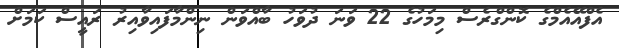
އެފްއޭއެމްގެ ކޮންގްރެސް މިމަހުގެ 22 ވަނަ ދުވަހު ބާއްވަން ނިންމާފައިވާއިރު ރައީސް ކަމަށް